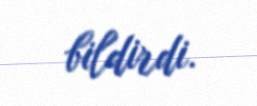
bildirdi.